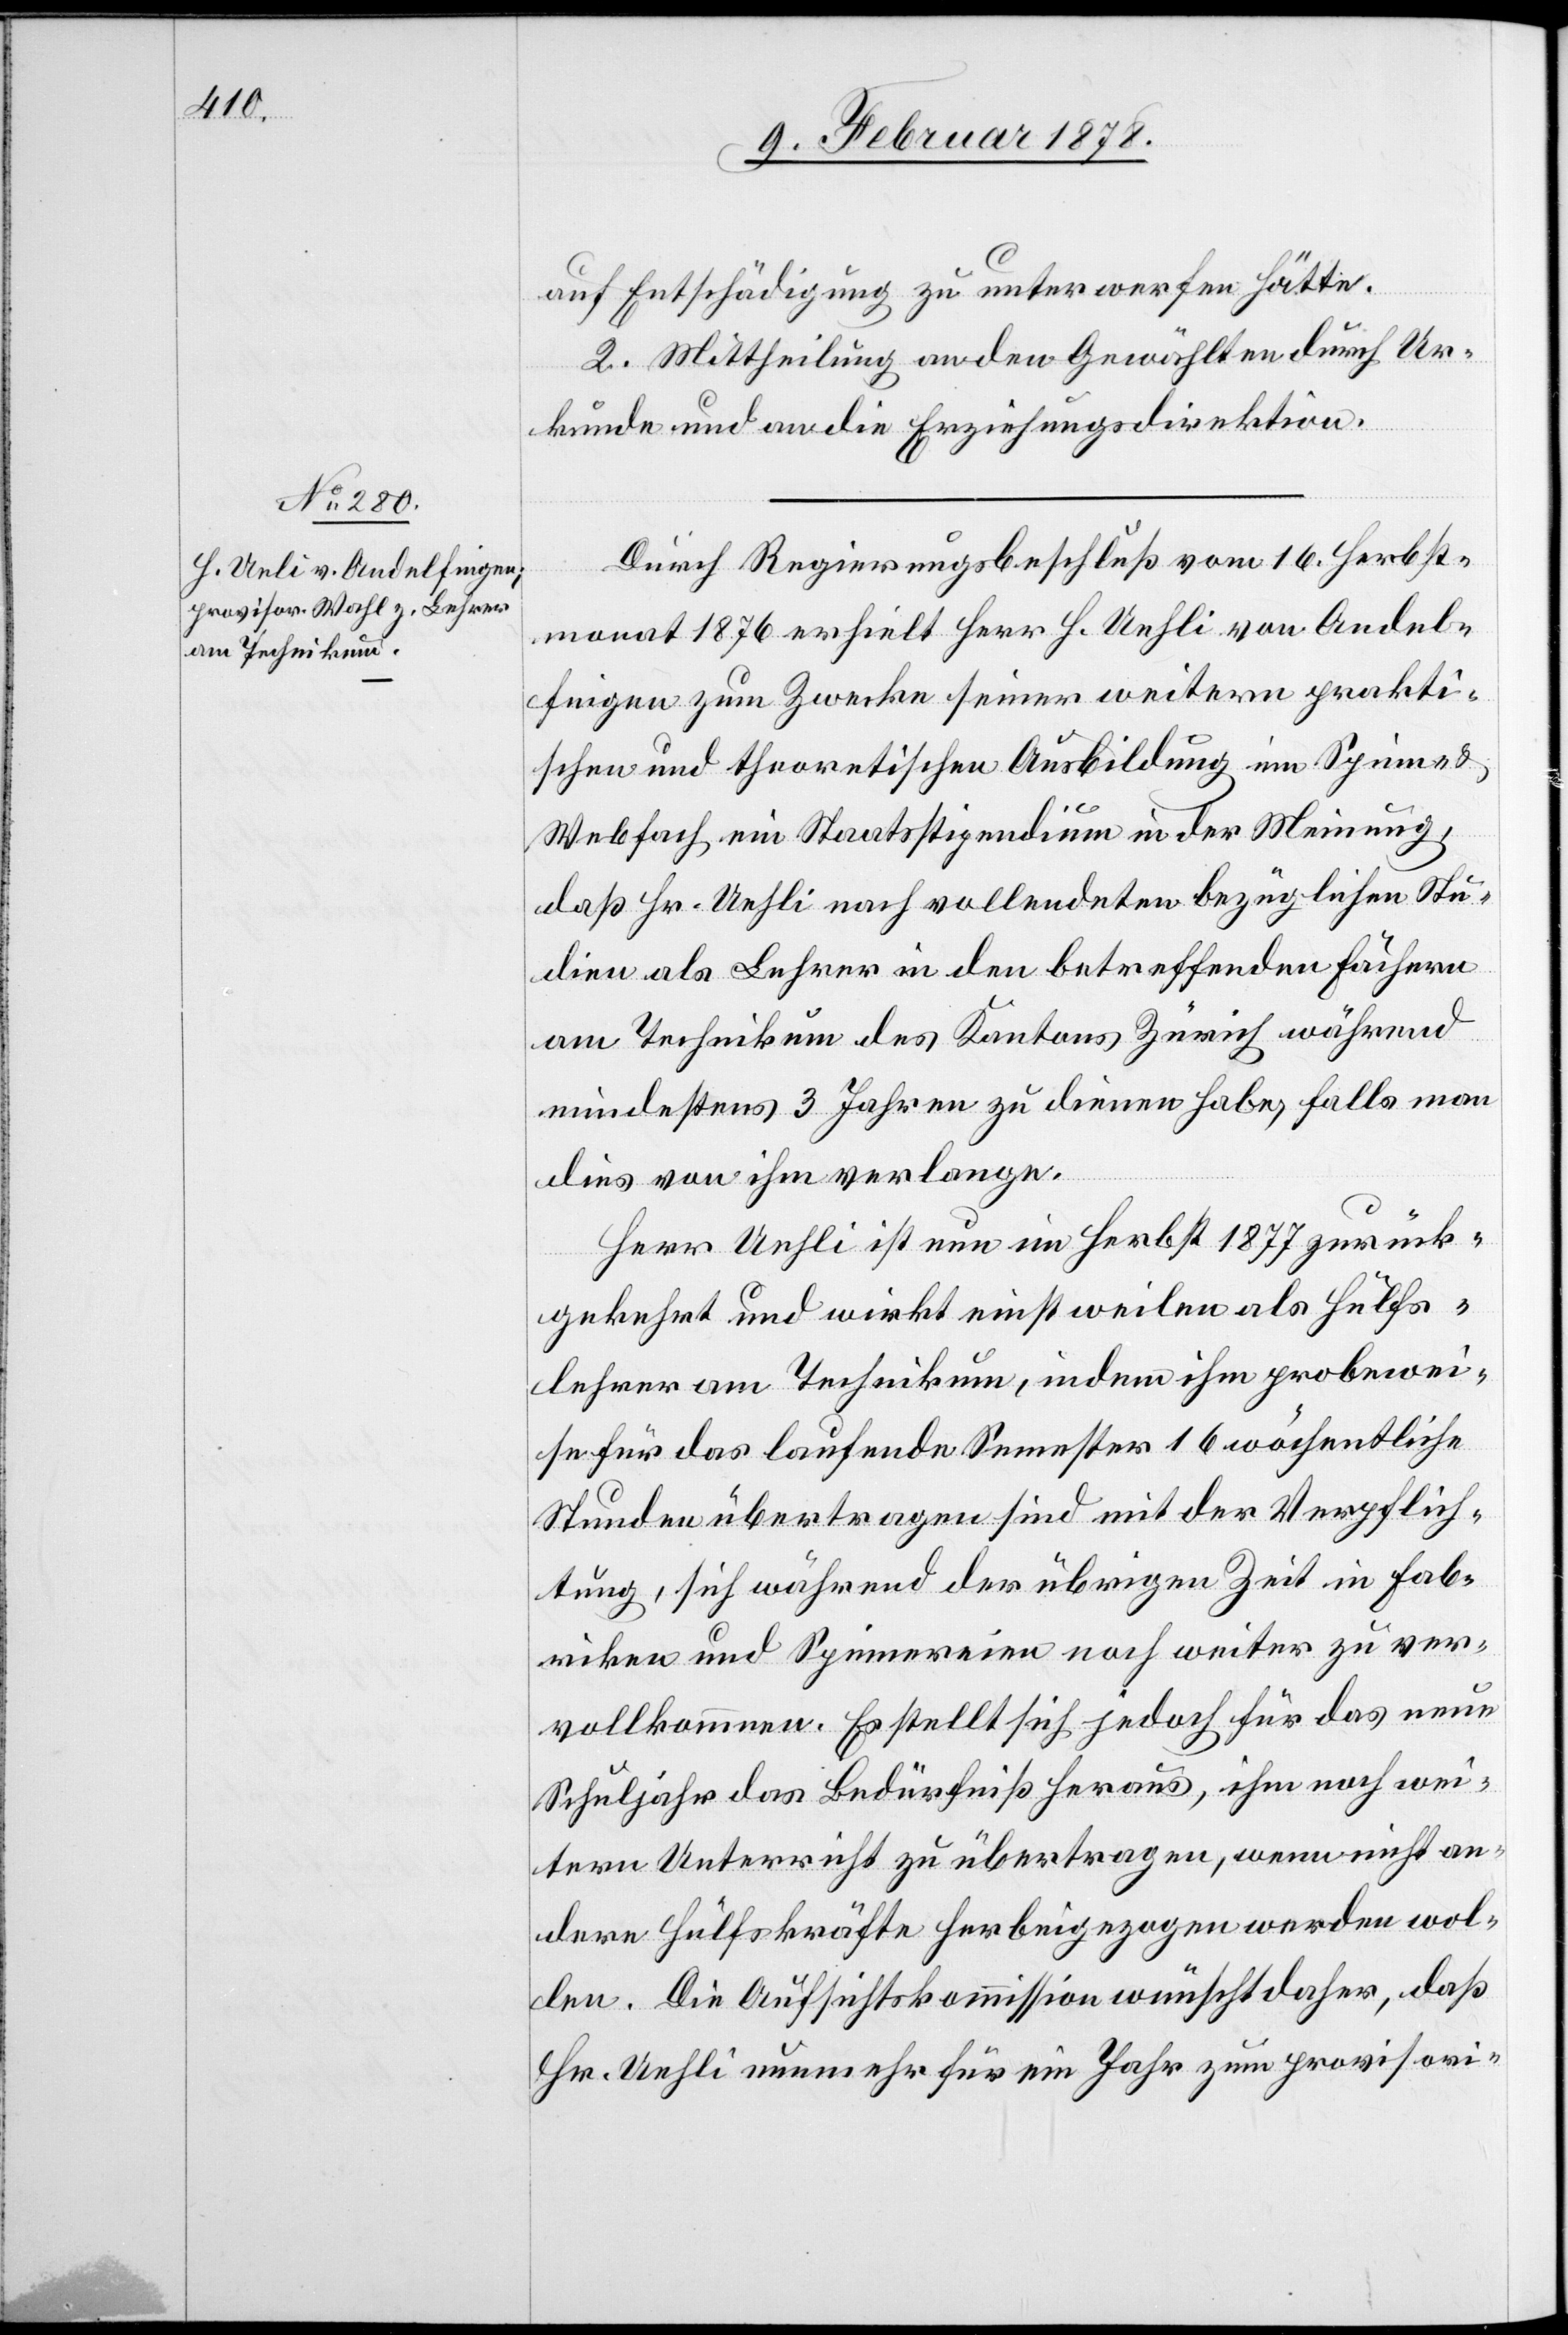
auf Entschädigung zu unterwerfen hätte.
2. Mittheilung an den Gewählten durch Ur¬
kunde und an die Erziehungsdirektion.
Durch Regierungsbeschluß vom 16. Herbst¬
monat 1876 erhielt Herr H. Uehli [sic!] von Andel¬
fingen zum Zwecke seiner weitern prakti¬
schen und theoretischen Ausbildung im Spinn-
Webefach ein Staatsstipendium in der Meinung,
daß Hr. Uehli nach vollendeten bezüglichen Stu¬
dien als Lehrer in den betreffenden Fächern
am Technikum des Kantons Zürich während
mindestens 3 Jahren zu dienen habe, falls man
dies von ihm verlange.
Herr Uehli ist nun im Herbst 1877 zurück¬
gekehrt und wirkt einstweilen als Hülfs¬
lehrer am Technikum, indem ihm probewei¬
se für das laufende Semester 16 wöchentliche
Stunden übertragen sind mit der Verpflich¬
tung, sich während der übrigen Zeit in Fab¬
riken und Spinnereien noch weiter zu ver¬
vollkommnen. Es stellt sich jedoch für das neue
Schuljahr das Bedürfniß heraus, ihm noch wei¬
tern Unterricht zu übertragen, wenn nicht an¬
dere Hülfskräfte herbeigezogen werden wol¬
len. Die Aufsichtskommission wünscht daher, daß
Hr. Uehli nunmehr für ein Jahr zum provisori-